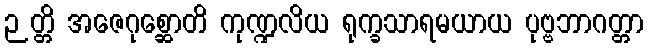
ဉတ္တိ အဇေဂုစ္ဆောတိ ကုဏ္ဍလိယ ရုက္ခသာရမယာယ ပုဗ္ဗဘာဂတ္တာ